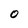
Character: 0